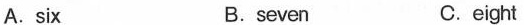
A.six B.seven C. eight